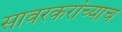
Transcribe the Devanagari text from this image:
सावरकरांच्याच